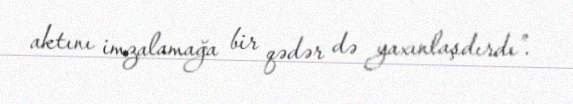
aktını imzalamağa bir qədər də yaxınlaşdırdı”.